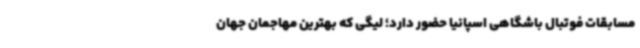
مسابقات فوتبال باشگاهی اسپانیا حضور دارد؛ لیگی که بهترین مهاجمان جهان